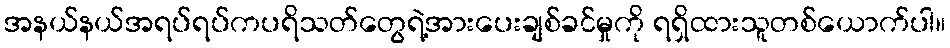
အနယ်နယ်အရပ်ရပ်ကပရိသတ်တွေရဲ့အားပေးချစ်ခင်မှုကို ရရှိထားသူတစ်ယောက်ပါ။